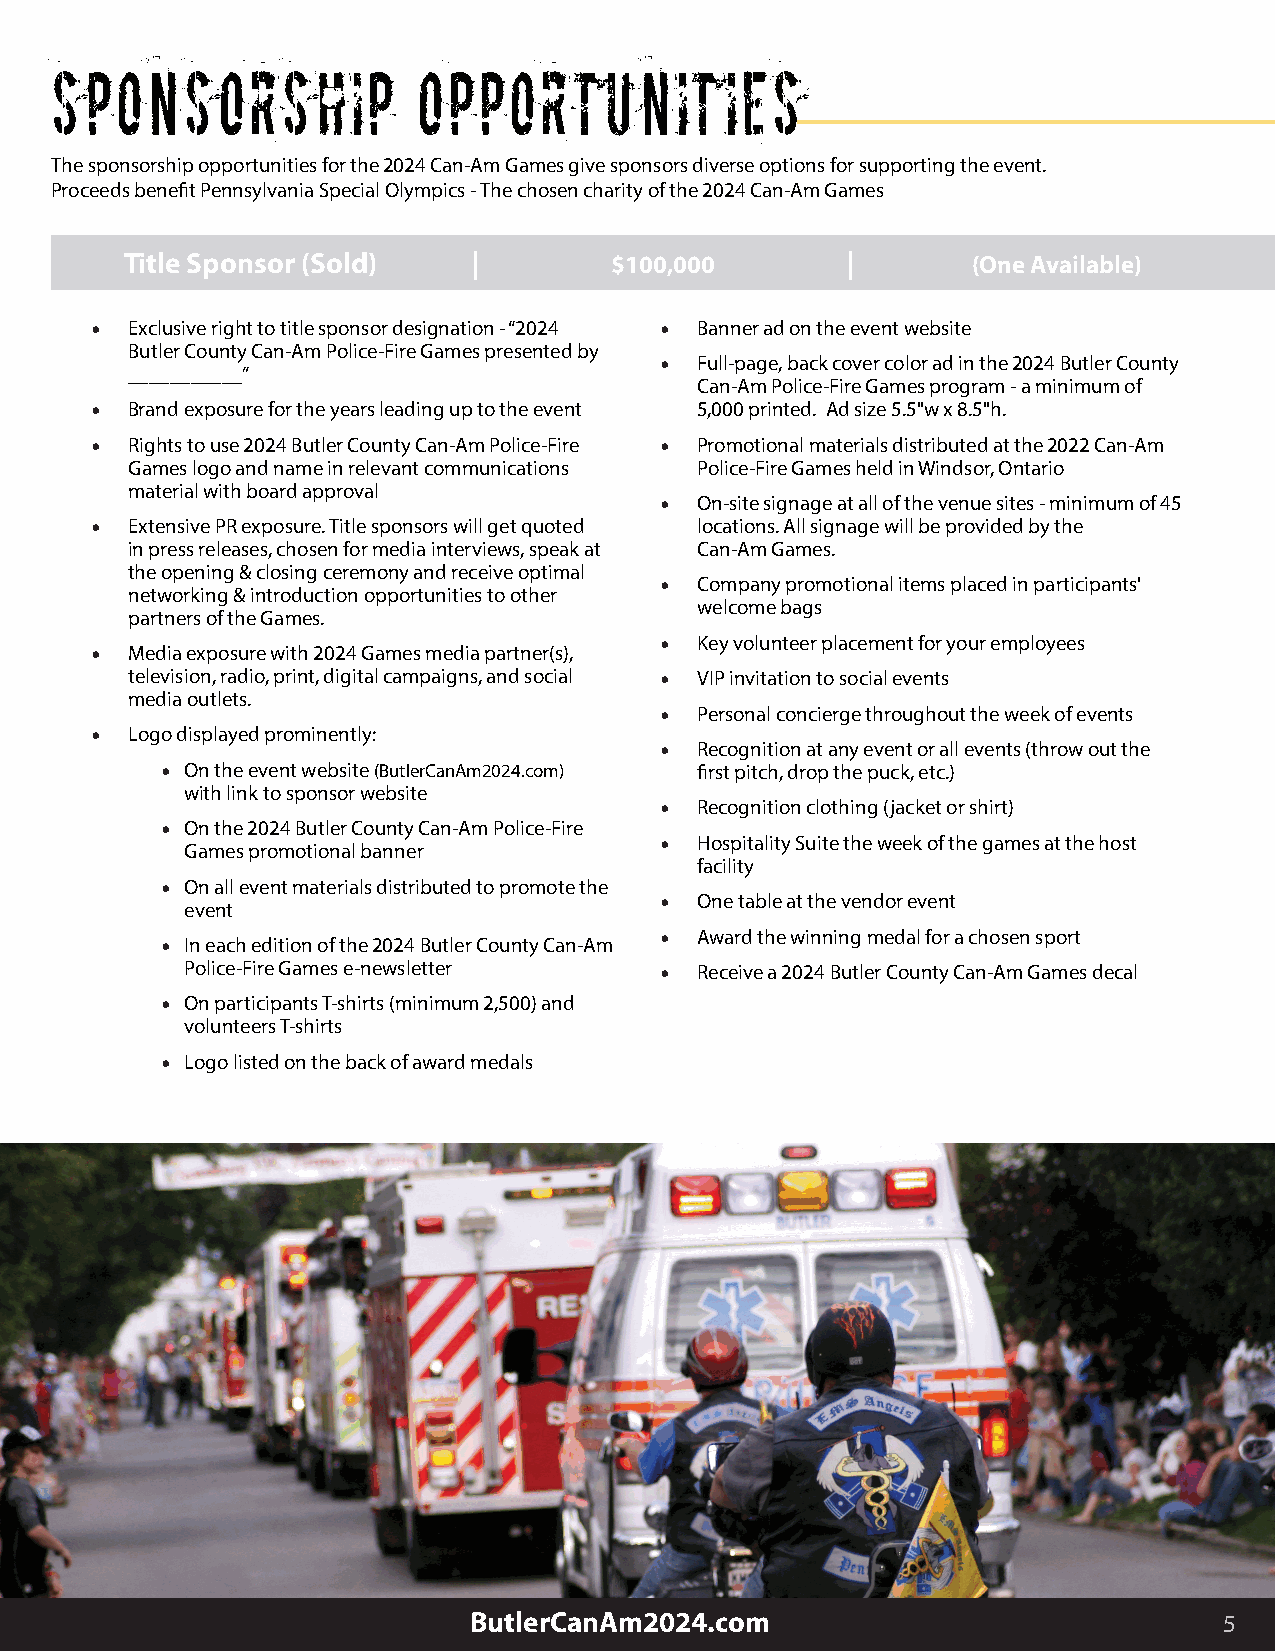
S  PO  NSORS      HIP    OPPORT      U NIT   IES
 The sponsorship opportunities for the 2024 Can-Am Games give sponsors diverse options for supporting the event.
 Proceeds benefit Pennsylvania Special Olympics - The chosen charity of the 2024 Can-Am Games
 Title Sponsor (Sold)   |        $100,000        |       (One Available)
 • Exclusive right to title sponsor designation - “2024 • Banner ad on the event website
 Butler County Can-Am Police-Fire Games presented by
 • Full-page, back cover color ad in the 2024 Butler County
 ___________”
 Can-Am Police-Fire Games program - a minimum of
 • Brand exposure for the years leading up to the event 5,000 printed. Ad size 5.5"w x 8.5"h.
 • Rights to use 2024 Butler County Can-Am Police-Fire • Promotional materials distributed at the 2022 Can-Am
 Games logo and name in relevant communications Police-Fire Games held in Windsor, Ontario
 material with board approval
 • On-site signage at all of the venue sites - minimum of 45
 • Extensive PR exposure. Title sponsors will get quoted locations. All signage will be provided by the
 in press releases, chosen for media interviews, speak at Can-Am Games.
 the opening & closing ceremony and receive optimal
 • Company promotional items placed in participants'
 networking & introduction opportunities to other
 welcome bags
 partners of the Games.
 • Key volunteer placement for your employees
 • Media exposure with 2024 Games media partner(s),
 television, radio, print, digital campaigns, and social • VIP invitation to social events
 media outlets.
 • Personal concierge throughout the week of events
 • Logo displayed prominently:
 • Recognition at any event or all events (throw out the
 • On the event website (ButlerCanAm2024.com) first pitch, drop the puck, etc.)
 with link to sponsor website
 • Recognition clothing (jacket or shirt)
 • On the 2024 Butler County Can-Am Police-Fire
 • Hospitality Suite the week of the games at the host
 Games promotional banner
 facility
 • On all event materials distributed to promote the
 • One table at the vendor event
 event
 • Award the winning medal for a chosen sport
 • In each edition of the 2024 Butler County Can-Am
 Police-Fire Games e-newsletter  • Receive a 2024 Butler County Can-Am Games decal
 • On participants T-shirts (minimum 2,500) and
 volunteers T-shirts
 • Logo listed on the back of award medals
 ButlerCanAm2024.com                               5